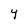
Character: Y